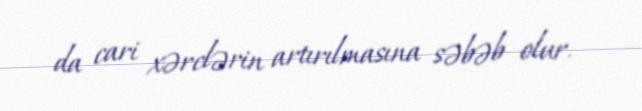
da cari xərclərin artırılmasına səbəb olur.